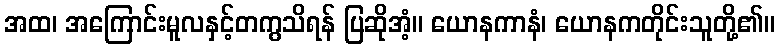
အထ၊ အကြောင်းမူလနှင့်တကွသိရန် ပြဆိုအံ့။ ယောနကာနံ၊ ယောနကတိုင်းသူတို့၏။